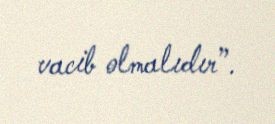
vacib olmalıdır”.